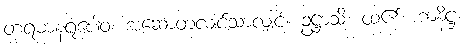
တရမာနရူပေါဝ၊ အဆောတလျင်သာလျှင်။ ဥဋ္ဌာသိ၊ ထ၏။ ကနိဋ္ဌ၊